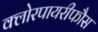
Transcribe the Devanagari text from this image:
क्लोरपायरीफौस